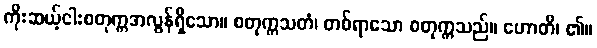
ကိုးဆယ့်ငါးစတုက္ကအလွန်ရှိသော။ စတုက္ကသတံ၊ တစ်ရာသော စတုက္ကသည်။ ဟောတိ၊ ၏။